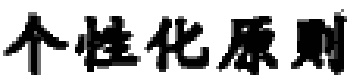
个性化原则